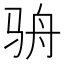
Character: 𩧳